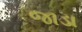
જાડા